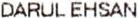
DARUL EHSAN